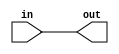
module buffer (
  input in,
  output out
);

  assign out = in;

endmodule